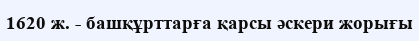
1620 ж. - башқұрттарға қарсы әскери жорығы